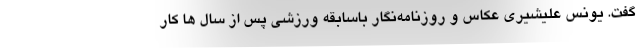
گفت. یونس علیشیری عکاس و روزنامه‌نگار باسابقه ورزشی پس از سال ها کار